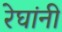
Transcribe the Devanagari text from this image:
रेघांनी